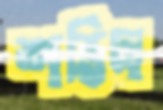
শান্তিদা